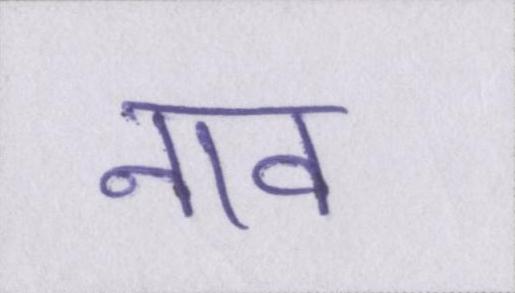
नाव